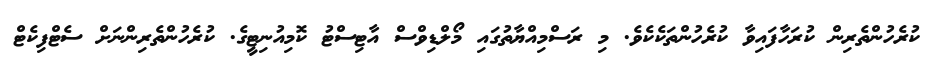
ކުރެހުންތެރިން ކުރަހާފައިވާ ކުރެހުންތަކެކެވެ. މި ރަސްމިއްޔާތުގައި މޯލްޑިވްސް އާޓިސްޓު ކޮމިއުނިޓީގެ. ކުރެހުންތެރިންނަށް ސެޓްފިކެޓް